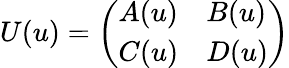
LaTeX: U(u)=\left(\begin{array}{ll}{{A(u)}}&{{B(u)}}\\ {{C(u)}}&{{D(u)}}\end{array}\right)